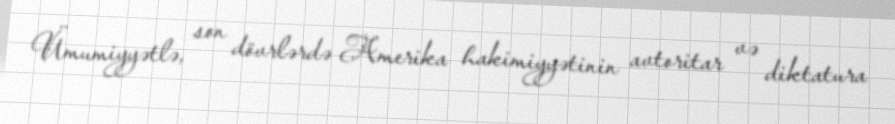
Ümumiyyətlə, son dövrlərdə Amerika hakimiyyətinin avtoritar və diktatura